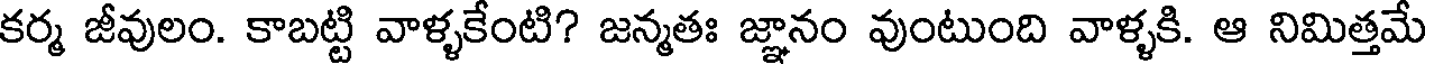
కర్మ జీవులం. కాబట్టి వాళ్ళకేంటి? జన్మతః జ్ఞానం వుంటుంది వాళ్ళకి. ఆ నిమిత్తమే